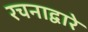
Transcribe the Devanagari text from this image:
रचनाद्वारे